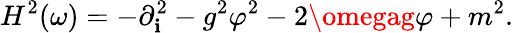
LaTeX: H^{2}(\omega)=-\partial_{\mathbf{i}}^{2}-g^{2}\varphi^{2}-2\omegag\varphi+m^{2}.